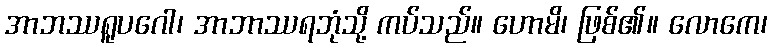
အာဘဿရူပဂေါ၊ အာဘာဿရဘုံသို့ ကပ်သည်။ ဟောမိ၊ ဖြစ်၏။ လောကေ၊